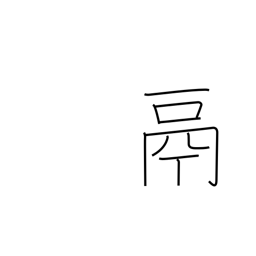
Meaning: tripod